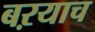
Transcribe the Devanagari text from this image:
बऱयाच